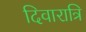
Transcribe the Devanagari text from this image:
दिवारात्रि